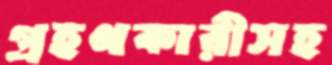
গ্রহণকারীসহ